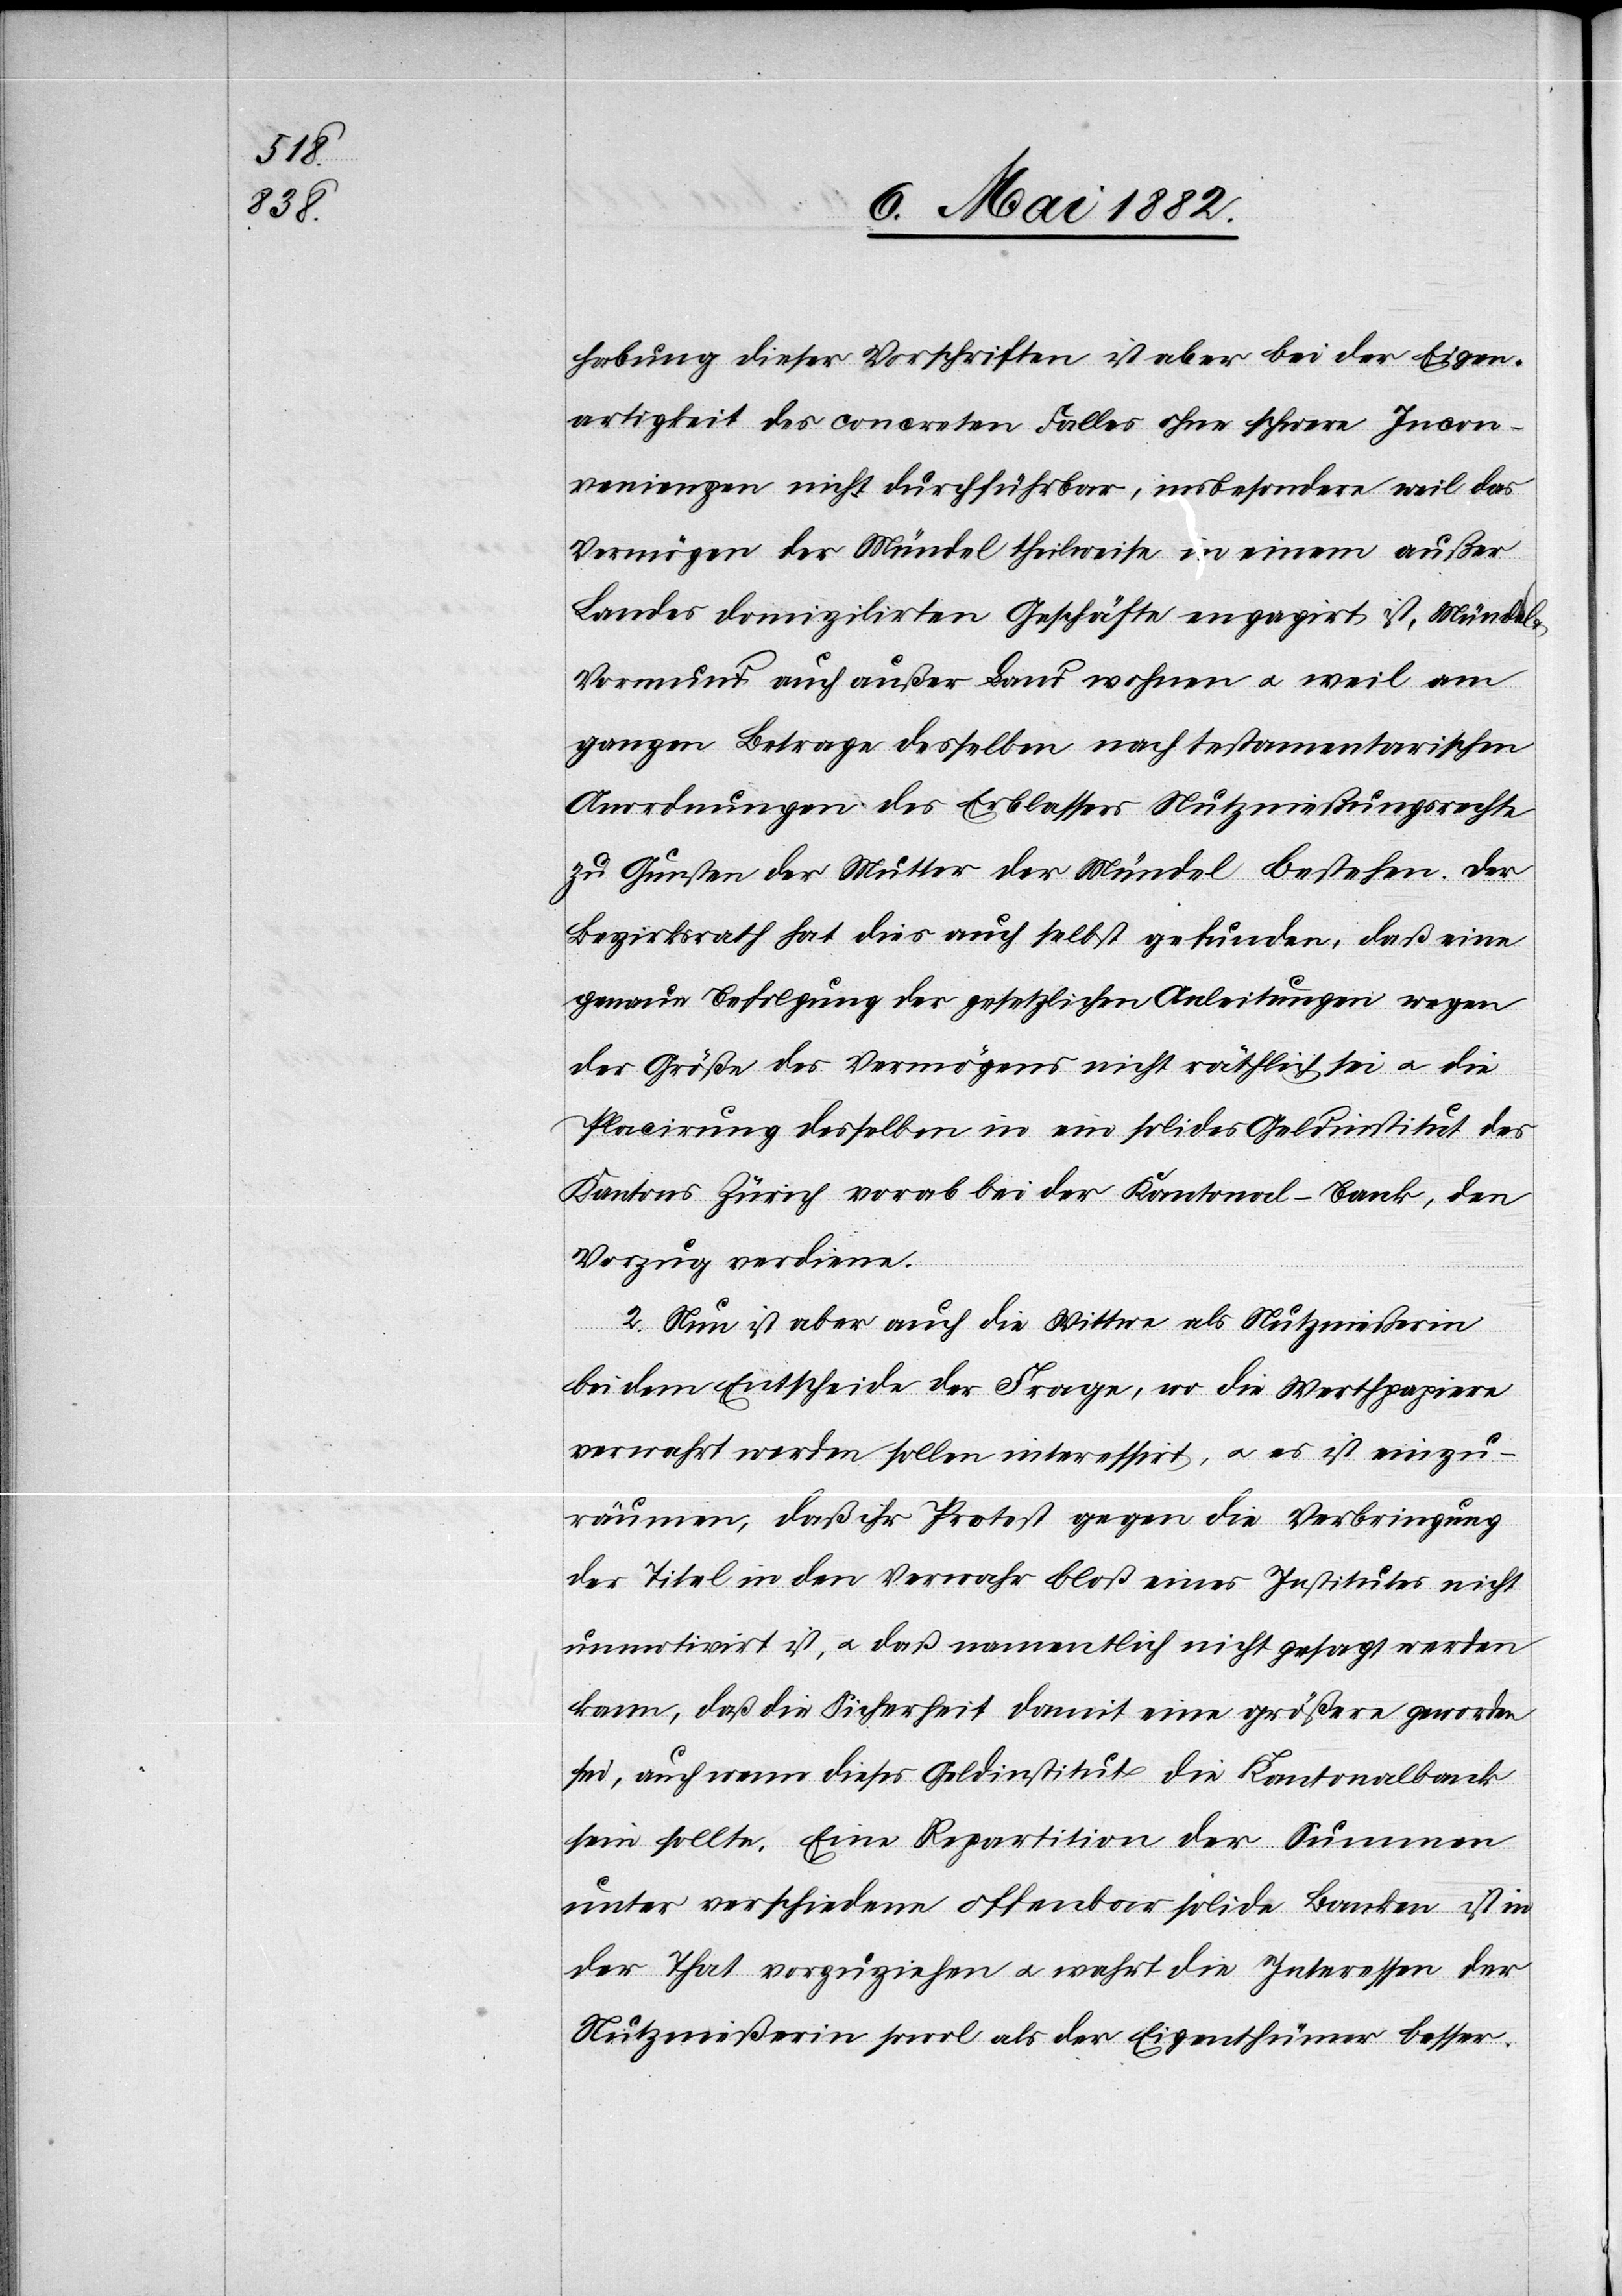
habung dieser Vorschriften ist aber bei der Eigen¬
artigkeit des concreten Falles ohne schwere Incon¬
venienzen nicht durchführbar, insbesondere weil das
Vermögen der Mündel theilweise in einem außer
Landes domizilirten Geschäfte engagirt ist, Mündel
Vormund auch außer Land wohnen u. weil am
ganzen Betrage desselben nach testamentarischen
Anordnungen des Erblassers Nutznießungsrechte
zu Gunsten der Mutter der Mündel bestehen. Der
Bezirksrath hat dies auch selbst gefunden, daß eine
genaue Befolgung der gesetzlichen Anleitungen wegen
der Größe des Vermögens nicht räthlich sei u. die
Placirung desselben in ein solides Geldinstitut des
Kantons Zürich vorab bei der Kantonal-Bank, den
Vorzug verdiene.
2. Nun ist aber auch die Wittwe als Nutznießerin
bei dem Entscheide der Frage, wo die Werthpapiere
verwahrt werden sollen, interessirt, u. es ist einzu¬
räumen, daß ihr Protest gegen die Verbringung
der Titel in den Verwahr bloß eines Institutes nicht
unmotivirt ist, u. daß namentlich nicht gesagt werden
kann, daß die Sicherheit damit eine größere geworden
sei, auch wenn dieses Geldinstitut die Kantonalbank
sein sollte. Eine Repartition der Summen
unter verschiedene offenbar solide Banken ist in
der That vorzuziehen u. wahrt die Interessen der
Nutznießerin sowol als der Eigenthümer besser.